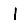
Digit: 1